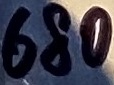
Text: 680